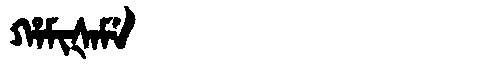
Manchu: ᡥᠠᠮᡳᡧᠠᠮᡝ
Romanization: HAMIŠAME